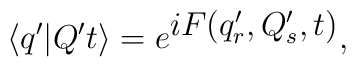
\langle q' | Q't \rangle = e^{\textstyle{iF(q'_r,Q'_s,t)}},